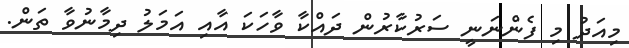
މިއަދު މި ފެންނަނީ ސަރުކާރުން ދައްކާ ވާހަކަ އާއި އަމަލު ދިމާނުވާ ތަން.